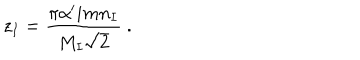
LaTeX: z _ { I } = \frac { \pi \alpha ^ { \prime } i m n _ { I } } { M _ { I } \sqrt 2 } \ .